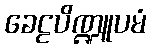
ခေဠပိဏ္ဍူပမံ